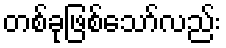
တစ်ခုဖြစ်သော်လည်း